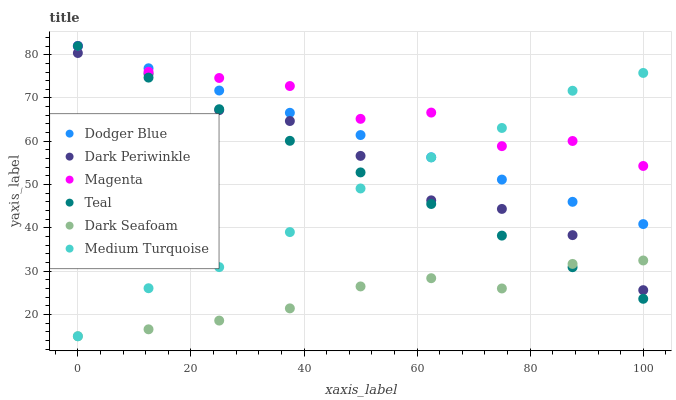
| xaxis_label | Dodger Blue | Dark Periwinkle | Magenta | Teal | Dark Seafoam | Medium Turquoise |
 | --- | --- | --- | --- | --- | --- | --- |
 | 0 | 82 | 80.4 | 82 | 82 | 15 | 15 |
 | 12.5 | 76.9 | 75.6 | 76.1 | 74.7 | 16.6 | 26.1 |
 | 25 | 71.7 | 67.2 | 74.6 | 67.4 | 18.6 | 31 |
 | 37.5 | 66.6 | 64.7 | 72.8 | 60.1 | 21.4 | 39 |
 | 50 | 61.4 | 56.6 | 65.2 | 52.8 | 26.5 | 49.1 |
 | 62.5 | 56.3 | 46.4 | 66.6 | 45.5 | 28.4 | 56.3 |
 | 75 | 51.2 | 44.4 | 58.9 | 38.2 | 26 | 63.1 |
 | 87.5 | 46 | 38.3 | 60.1 | 30.9 | 31.7 | 71.7 |
 | 100 | 40.9 | 25.6 | 54.3 | 23.6 | 32.5 | 75.8 |